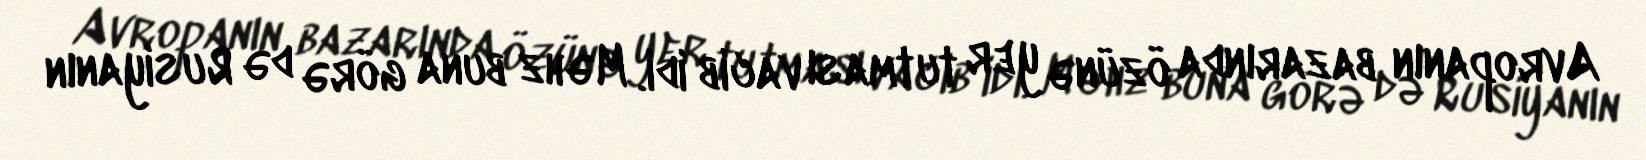
Avropanın bazarında özünə yer tutması vacib idi. Məhz buna görə də Rusiyanın